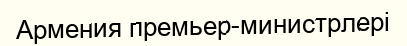
Армения премьер-министрлері